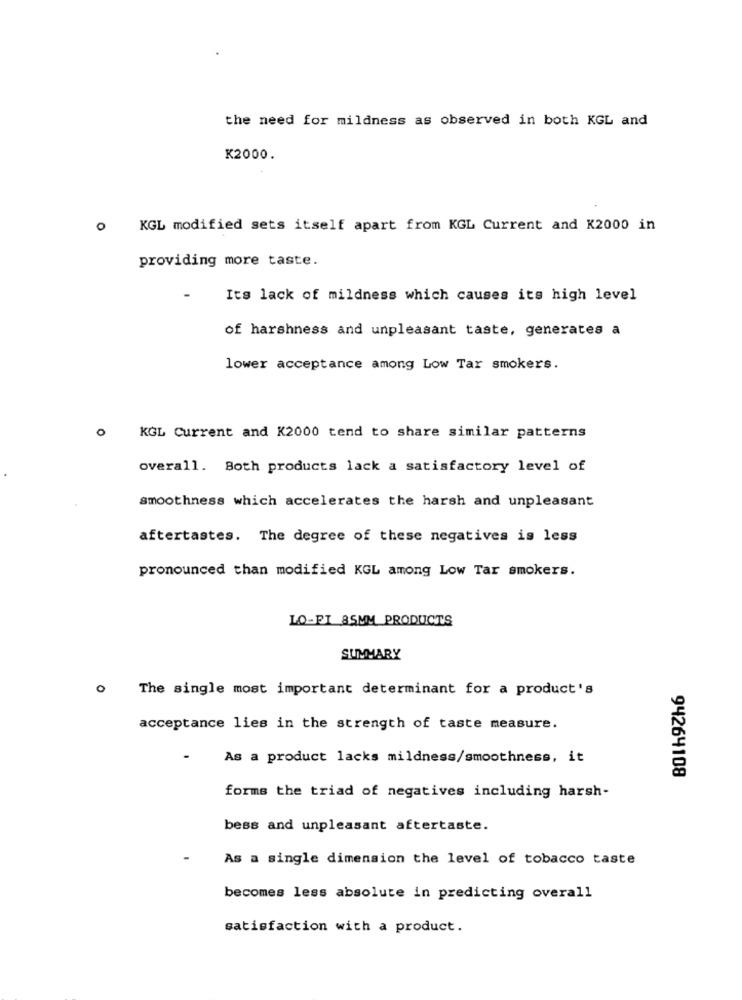
the need for mildness as observed in both KGL and
K2000.
0
KGL modified sets itself apart from KGL Current and K2000 in
providing more taste.
Its lack of mildness which causes its high level
of harshness and unpleasant taste, generates a
lower acceptance among Low Tar smokers.
KGL Current and K2000 tend to share similar patterns
overall. Both products lack a satisfactory level of
smoothness which accelerates the harsh and unpleasant
aftertastes. The degree of these negatives is less
pronounced than modified KGL among Low Tar smokers.
LO-FI 85MM PRODUCTS
SUMMARY
o
The single most important determinant for a product's
acceptance lies in the strength of taste measure.
As a product lacks mildness/smoothness, it
94264108
forms the triad of negatives including harsh-
bess and unpleasant aftertaste.
As a single dimension the level of tobacco taste
becomes less absolute in predicting overall
satisfaction with a product.